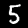
Digit: 5